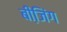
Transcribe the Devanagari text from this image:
बीजि़ंग